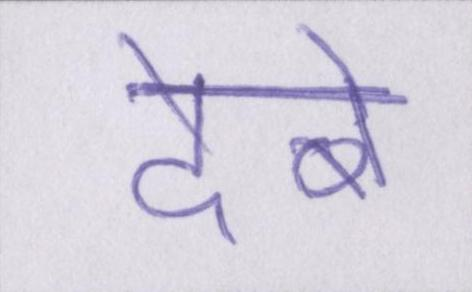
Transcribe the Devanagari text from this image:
देबे